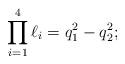
LaTeX: \begin{align*} \prod_{i = 1}^4 \ell_i = q_1^2 - q_2^2;\end{align*}